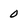
Character: 0